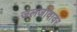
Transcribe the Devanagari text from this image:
जलजीवावर